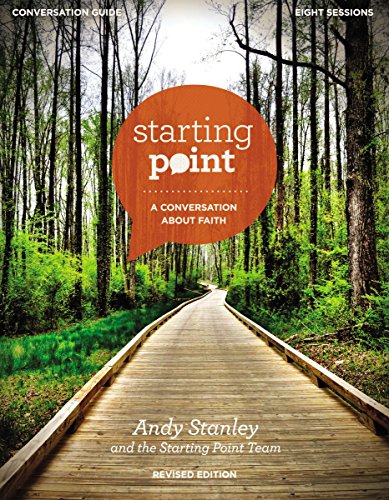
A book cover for Starting Point Conversation Guide Revised Edition: A Conversation About Faith; Andy Stanley; Christian Books & Bibles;